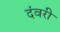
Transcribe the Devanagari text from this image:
दंवरी